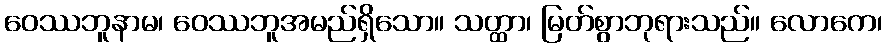
ဝေဿဘူနာမ၊ ဝေဿဘူအမည်ရှိသော။ သတ္ထာ၊ မြတ်စွာဘုရားသည်။ လောကေ၊